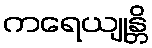
ကရေယျုန္တိ